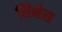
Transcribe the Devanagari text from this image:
शिक्षेस